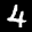
Label: 4